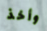
وأخذ